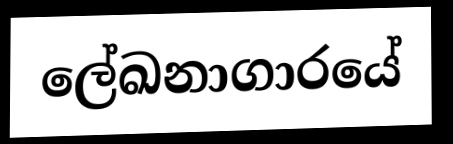
ලේඛනාගාරයේ